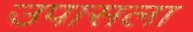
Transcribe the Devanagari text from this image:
उपासला